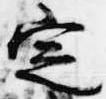
定